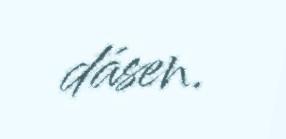
dásen.